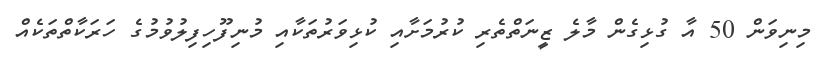
މިނިވަން 50 އާ ގުޅިގެން މާލެ ޒީނަތްތެރި ކުރުމަށާއި ކުޅިވަރުތަކާއި މުނިފޫހިފިލުވުމުގެ ހަރަކާތްތަކެއް